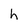
Character: h